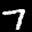
Label: 7